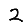
Digit: 2